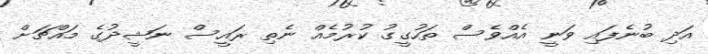
އަދި ބުނެފައި ވަނީ އެއްވެސް ތަހުގީގު ކުރުމެއް ނެތި ރައީސް ނަޝީދުގެ މައްޗަށް